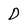
Character: D